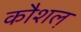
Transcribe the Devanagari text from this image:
कौशल़